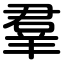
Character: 羣